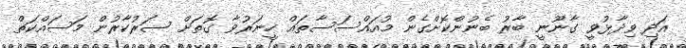
އަދި ވިދާޅުވީ ގާނޫނީ ބާރު ބެނުންކޮށްގެން މުއައްސަސާތައް ހީނަރުވާ ގޮތަށް ސަރުކާރުން މަސައްކަތް